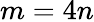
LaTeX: m=4n